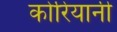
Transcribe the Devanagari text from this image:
कोरियानी